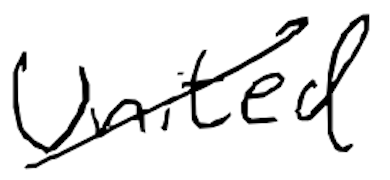
Text: United
Cross-out: diagonal
Writing tool: digital_black